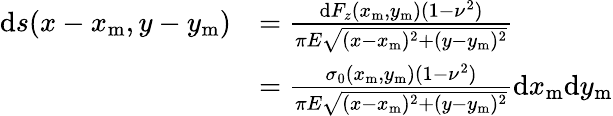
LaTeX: \begin{array}{rl}{\mathrm{d}s(x-x_{\mathrm{m}},y-y_{\mathrm{m}})}&{=\frac{\mathrm{d}F_{z}(x_{\mathrm{m}},y_{\mathrm{m}})(1-\nu^{2})}{\pi E\sqrt{(x-x_{\mathrm{m}})^{2}+(y-y_{\mathrm{m}})^{2}}}}\\ &{=\frac{\sigma_{0}(x_{\mathrm{m}},y_{\mathrm{m}})(1-\nu^{2})}{\pi E\sqrt{(x-x_{\mathrm{m}})^{2}+(y-y_{\mathrm{m}})^{2}}}\mathrm{d}x_{\mathrm{m}}\mathrm{d}y_{\mathrm{m}}}\end{array}